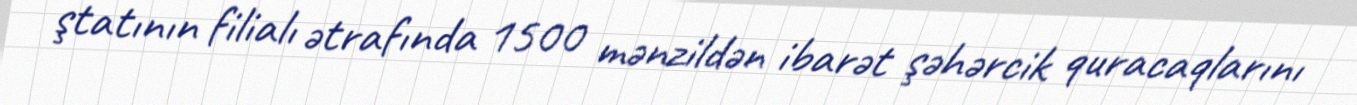
ştatının filialı ətrafında 1500 mənzildən ibarət şəhərcik quracaqlarını